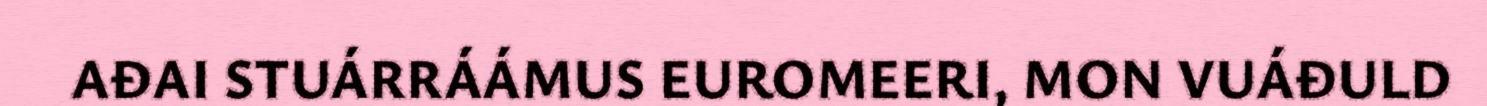
AĐAI STUÁRRÁÁMUS EUROMEERI, MON VUÁĐULD